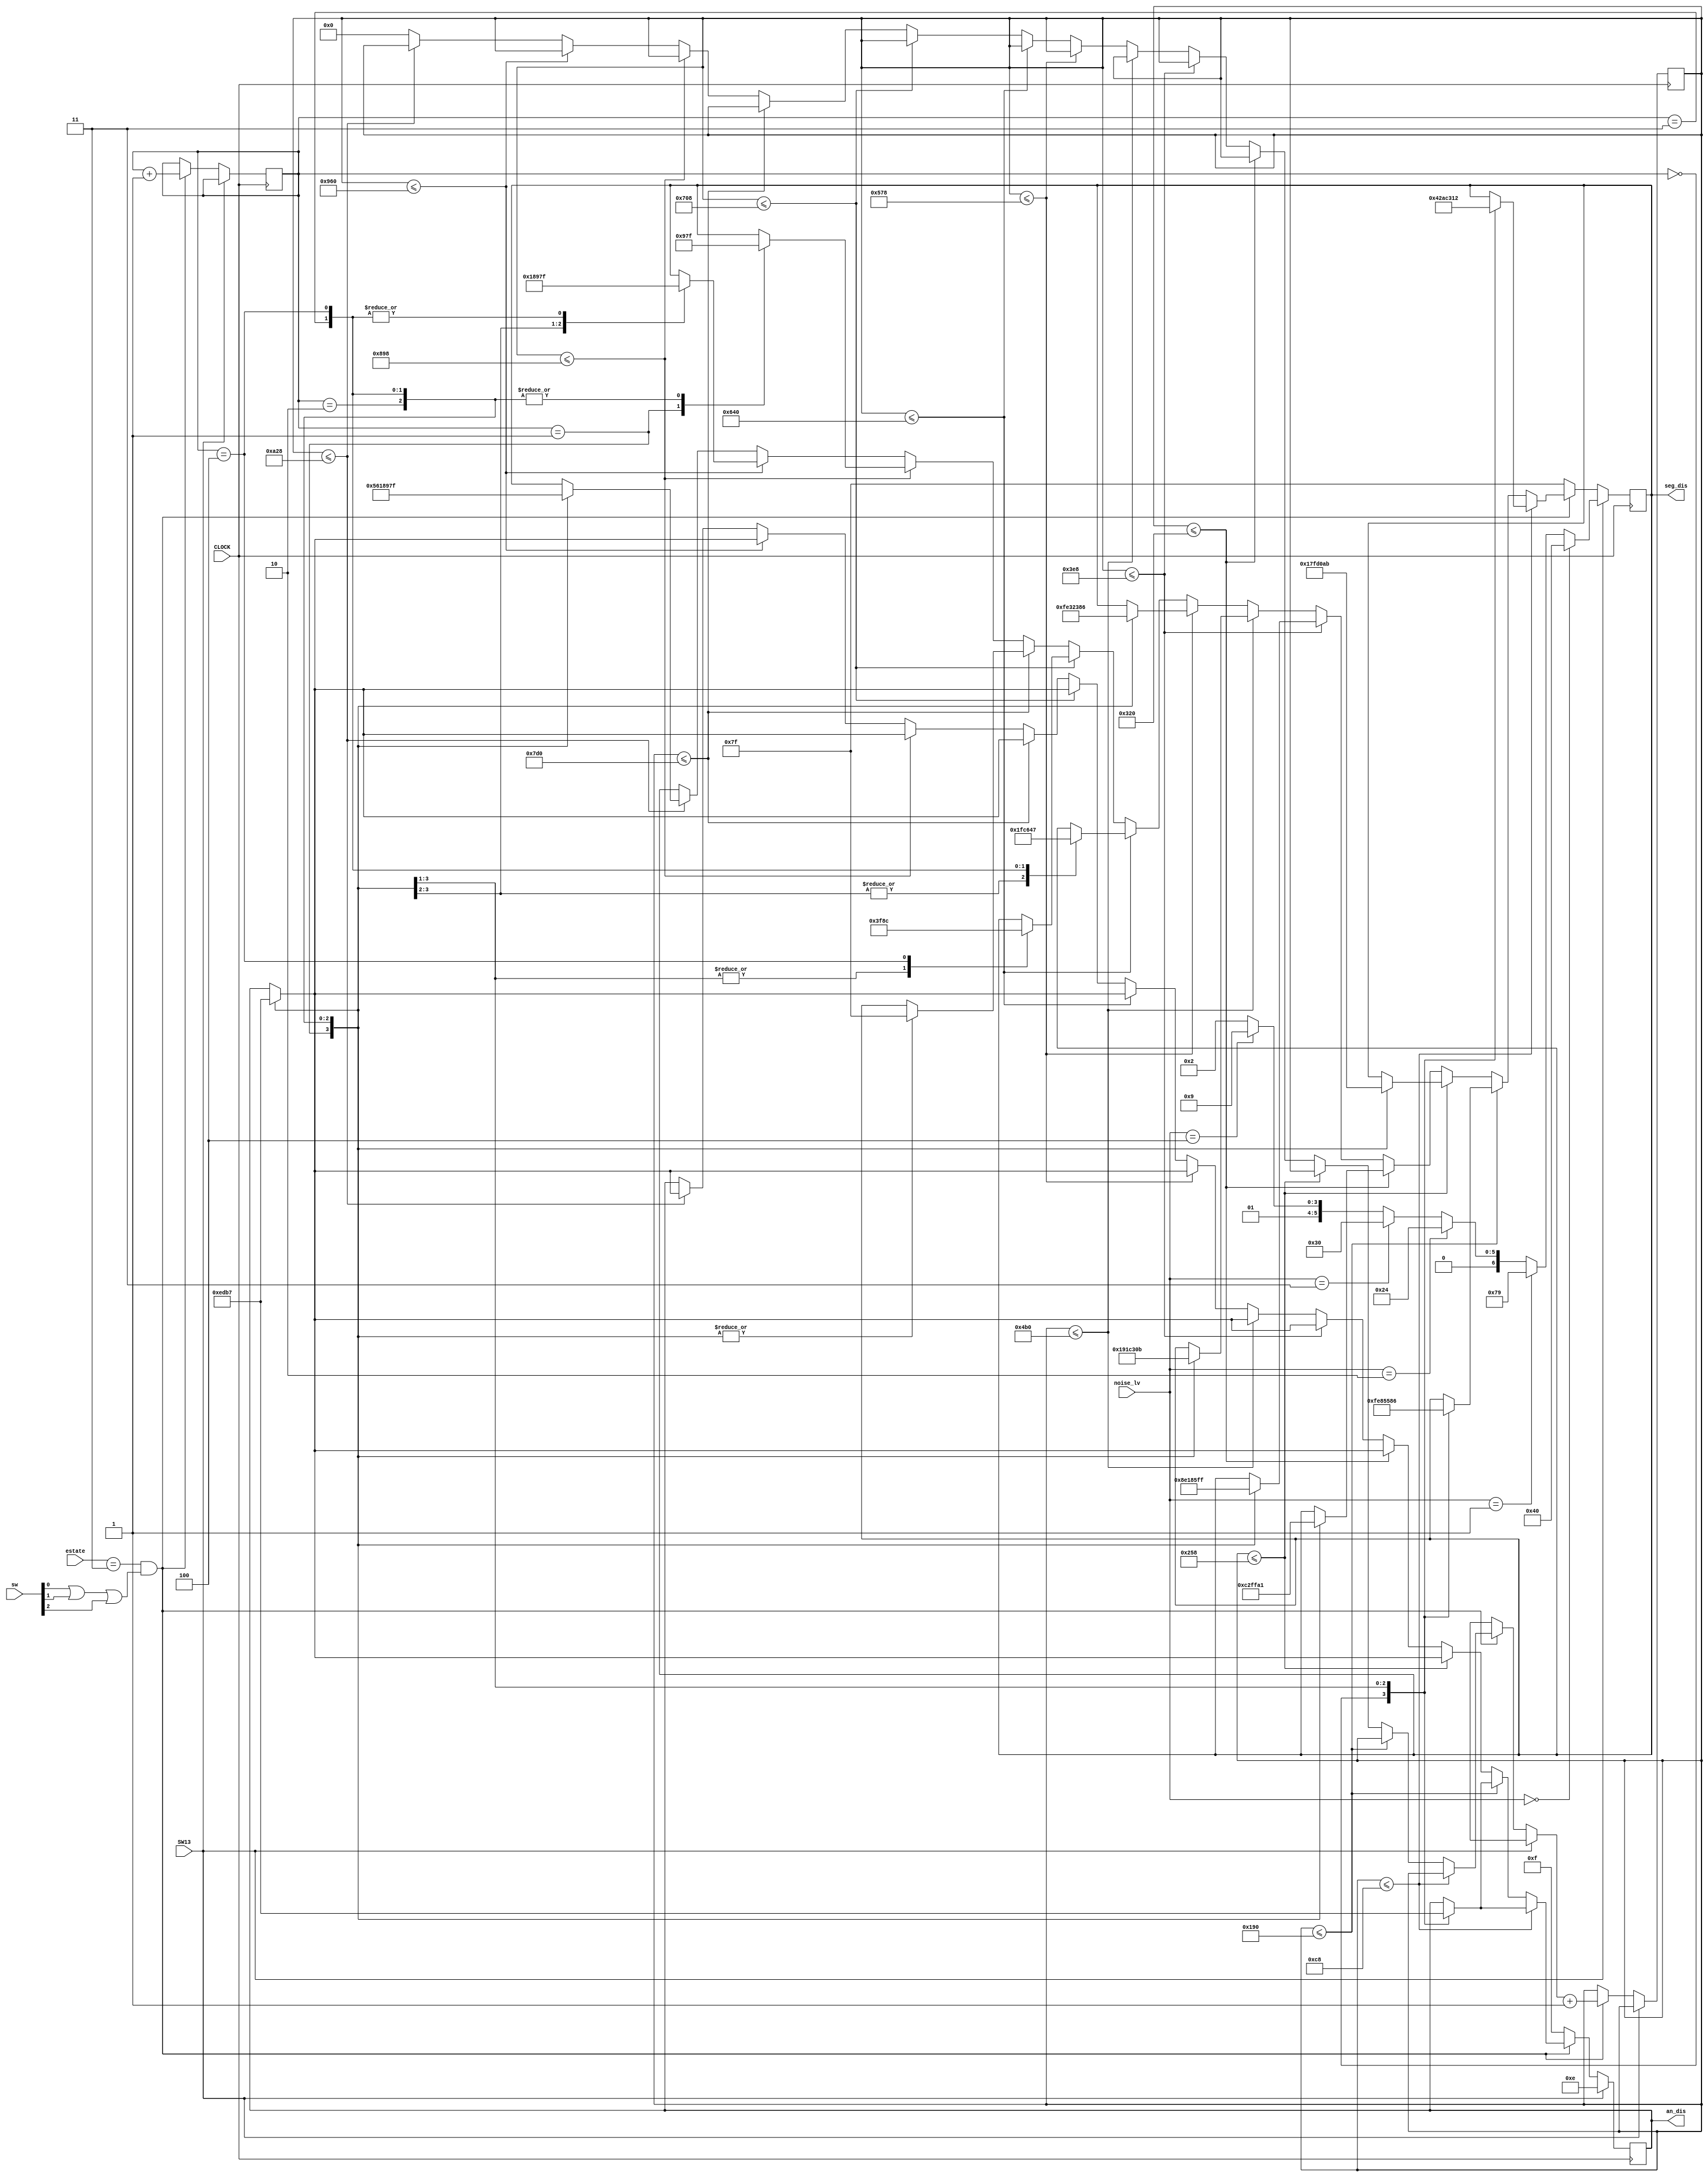
`timescale 1ns / 1ps
//////////////////////////////////////////////////////////////////////////////////
// Company: 
// Engineer: 
// 
// Design Name: 
// Module Name: seg_digits
// Project Name: 
// Target Devices: 
// Tool Versions: 
// Description: 
// 
// Dependencies: 
// 
// Revision:
// Revision 0.01 - File Created
// Additional Comments:
// 
//////////////////////////////////////////////////////////////////////////////////


module seg_digits(input [2:0]sw, input [1:0] estate, input CLOCK, input SW13, input [2:0] noise_lv, output reg [6:0] seg_dis = 7'b1111111, output reg [3:0] an_dis = 4'b1111);
    
    reg [11:0] counter = 0;
    reg [2:0] state = 0;
    always @(posedge CLOCK) begin
        if (SW13) begin
            if(noise_lv == 0) begin
                an_dis  <= 4'b1110;
                seg_dis <= 7'b100_0000;               
            end
            else if(noise_lv == 1) begin
                an_dis  <= 4'b1110;
                seg_dis <= 7'b111_1001;
            end
            //noise_lv 2         
            else if(noise_lv == 2) begin
                an_dis  <= 4'b1110;
                seg_dis <= 7'b010_0100;        
            end                  
            else if (noise_lv == 3) begin
                an_dis  <= 4'b1110;
                seg_dis <= 7'b011_0000;
            end 
            else if (noise_lv == 4) begin
                an_dis  <= 4'b1110;
                seg_dis <= 7'b001_1001;
            end 
            else begin
                an_dis  <= 4'b1110;
                seg_dis <= 7'b001_0010;
            end
        end 
       // END OF SW13 
        else begin
        
        if (estate == 3 && (sw[0] || sw[1] || sw[2])) begin
        //SEND
                if (counter <= 200) begin
                        case(state)
                            0:  begin
                                    seg_dis[6:0] <= 7'b0100001;
                                    an_dis[3:0] <= 4'b1110;
                                end
                            1:  begin
                                    seg_dis[6:0] <= 7'b0101011;
                                    an_dis[3:0] <= 4'b1101;
                                end
                            2:  begin
                                    seg_dis[6:0] <= 7'b0000110;
                                    an_dis[3:0] <= 4'b1011;
                                end
                            3:  begin
                                    seg_dis[6:0] <= 7'b0010010;
                                    an_dis[3:0] <= 4'b0111;
                                end
                        endcase
                        
                //END_        
                end  else if (counter <= 400) begin
                      case(state)
                            0: begin
                                    seg_dis[6:0] <= 7'b1111111;
                                    an_dis[3:0] <= 4'b1110;
                               end
                            1: begin
                                    seg_dis[6:0] <= 7'b0100001;
                                    an_dis[3:0] <= 4'b1101;
                               end
                            2: begin
                                    seg_dis[6:0] <= 7'b0101011;
                                    an_dis[3:0] <= 4'b1011;
                               end
                            3: begin
                                    seg_dis[6:0] <= 7'b0000110;
                                    an_dis[3:0] <= 4'b0111;
                               end
                       endcase
                end
                        
        
                //ND_H          
                else if (counter <= 600) begin
                    case(state)
                        1:  begin
                                        seg_dis[6:0] <= 7'b0001011;
                                        an_dis[3:0] <= 4'b1110;
                                     end
                        2:  begin
                                        seg_dis[6:0] <= 7'b1111111;
                                        an_dis[3:0] <= 4'b1101;
                                     end
                        3:  begin
                                        seg_dis[6:0] <= 7'b0100001;
                                        an_dis[3:0] <= 4'b1011;
                                     end
                        4:  begin
                                        seg_dis[6:0] <= 7'b0101011;
                                        an_dis[3:0] <= 4'b0111;
                                     end
                    endcase    
                end 
                
                //D_HE
                else if (counter <= 800) begin
                    case(state)
                        1:  begin
                                        seg_dis[6:0] <= 7'b0000110;
                                        an_dis[3:0] <= 4'b1110;
                                     end
                        2:  begin
                                        seg_dis[6:0] <= 7'b0001011;
                                        an_dis[3:0] <= 4'b1101;
                                     end
                        3:  begin
                                        seg_dis[6:0] <= 7'b1111111;
                                        an_dis[3:0] <= 4'b1011;
                                     end
                        4:  begin
                                        seg_dis[6:0] <= 7'b0100001;
                                        an_dis[3:0] <= 4'b0111;
                                     end
                    endcase
                end 
                
                //_HEL
                else if (counter <= 1000) begin
                    case(state)
                        1:  begin
                                seg_dis[6:0] <= 7'b1000111;
                                an_dis[3:0] <= 4'b1110;
                            end
                        2:  begin
                                seg_dis[6:0] <= 7'b0000110;
                                an_dis[3:0] <= 4'b1101;
                            end
                        3:  begin
                                seg_dis[6:0] <= 7'b0001011;
                                an_dis[3:0] <= 4'b1011;
                            end
                        4:  begin
                                seg_dis[6:0] <= 7'b1111111;
                                an_dis[3:0] <= 4'b0111;
                            end
                    endcase        
                end
                
                //HELP
                else if (counter <= 1200) begin
                    case(state)
                        1:  begin
                                seg_dis[6:0] <= 7'b0001100;
                                an_dis[3:0] <= 4'b1110;
                            end
                        2:  begin
                                seg_dis[6:0] <= 7'b1000111;
                                an_dis[3:0] <= 4'b1101;
                            end
                        3:  begin
                                seg_dis[6:0] <= 7'b0000110;
                                an_dis[3:0] <= 4'b1011;
                            end
                        4:  begin
                                seg_dis[6:0] <= 7'b0001011;
                                an_dis[3:0] <= 4'b0111;
                            end
                    endcase
                end
                //ELP_
                else if (counter <= 1400) begin
                    case(state)
                        1:  begin
                                seg_dis[6:0] <= 7'b1111111;
                                an_dis[3:0] <= 4'b1110;
                            end
                        2:  begin
                                seg_dis[6:0] <= 7'b0001100;
                                an_dis[3:0] <= 4'b1101;
                            end
                        3:  begin
                                seg_dis[6:0] <= 7'b1000111;
                                an_dis[3:0] <= 4'b1011;
                            end
                        4:  begin
                                seg_dis[6:0] <= 7'b0000110;
                                an_dis[3:0] <= 4'b0111;
                            end
                    endcase
                end
                
                //LP__
                else if (counter <= 1600) begin
                    case(state)
                        1:  begin
                                seg_dis[6:0] <= 7'b1111111;
                                an_dis[3:0] <= 4'b1110;
                            end
                        2:  begin
                                seg_dis[6:0] <= 7'b1111111;
                                an_dis[3:0] <= 4'b1101;
                            end
                        3:  begin
                                seg_dis[6:0] <= 7'b0001100;
                                an_dis[3:0] <= 4'b1011;
                            end
                        4:  begin
                                seg_dis[6:0] <= 7'b1000111;
                                an_dis[3:0] <= 4'b0111;
                            end
                    endcase
                end
                
                //P___
                else if (counter <= 1800) begin
                    case(state)
                        1:  begin
                                seg_dis[6:0] <= 7'b1111111;
                                an_dis[3:0] <= 4'b1110;
                            end
                        2:  begin
                                seg_dis[6:0] <= 7'b1111111;
                                an_dis[3:0] <= 4'b1101;
                            end
                        3:  begin
                                seg_dis[6:0] <= 7'b1111111;
                                an_dis[3:0] <= 4'b1011;
                            end
                        4:  begin
                                seg_dis[6:0] <= 7'b0001100;
                                an_dis[3:0] <= 4'b0111;
                            end
                    endcase
                end
                
                //____
                else if (counter <= 2000) begin
                    case(state)
                        1:  begin
                                seg_dis[6:0] <= 7'b1111111;
                                an_dis[3:0] <= 4'b1110;
                            end
                        2:  begin
                                seg_dis[6:0] <= 7'b1111111;
                                an_dis[3:0] <= 4'b1101;
                            end
                        3:  begin
                                seg_dis[6:0] <= 7'b1111111;
                                an_dis[3:0] <= 4'b1011;
                            end
                        4:  begin
                                seg_dis[6:0] <= 7'b1111111;
                                an_dis[3:0] <= 4'b0111;
                            end
                    endcase
                end
                
                
                //___S
                else if (counter <= 2200) begin
                    case(state)
                        1:  begin
                                seg_dis[6:0] <= 7'b0010010;
                                an_dis[3:0] <= 4'b1110;
                            end
                        2:  begin
                                seg_dis[6:0] <= 7'b1111111;
                                an_dis[3:0] <= 4'b1101;
                            end
                        3:  begin
                                seg_dis[6:0] <= 7'b1111111;
                                an_dis[3:0] <= 4'b1011;
                            end
                        4:  begin
                                seg_dis[6:0] <= 7'b1111111;
                                an_dis[3:0] <= 4'b0111;
                            end
                    endcase
                end
                
                //__SE
                else if (counter <= 2400) begin
                    case(state)
                        1:  begin
                                seg_dis[6:0] <= 7'b0000110;
                                an_dis[3:0] <= 4'b1110;
                            end
                        2:  begin
                                seg_dis[6:0] <= 7'b0010010;
                                an_dis[3:0] <= 4'b1101;
                            end
                        3:  begin
                                seg_dis[6:0] <= 7'b1111111;
                                an_dis[3:0] <= 4'b1011;
                            end
                        4:  begin
                                seg_dis[6:0] <= 7'b1111111;
                                an_dis[3:0] <= 4'b0111;
                            end
                    endcase
                end
                
                //_SEN
                else if (counter <= 2600) begin
                    case(state)
                        1:  begin
                                seg_dis[6:0] <= 7'b0101011;
                                an_dis[3:0] <= 4'b1110;
                            end
                        2:  begin
                                seg_dis[6:0] <= 7'b0000110;
                                an_dis[3:0] <= 4'b1101;
                            end
                        3:  begin
                                seg_dis[6:0] <= 7'b0010010;
                                an_dis[3:0] <= 4'b1011;
                            end
                        4:  begin
                                seg_dis[6:0] <= 7'b1111111;
                                an_dis[3:0] <= 4'b0111;
                            end
                    endcase           

                end else begin
                    counter = 0;
                end                       
        
               
                state <= state + 1;
                counter <= counter + 1;
         end //END OF ESTATE
         //DONT DISPLAY
         else begin
                an_dis  <= 4'b1111;
                seg_dis <= 7'b1111111;
         end                 
        end  // END OF OFF sw[13]
 end //END ALWAYS BLOCK
endmodule